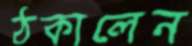
ঠকালেন